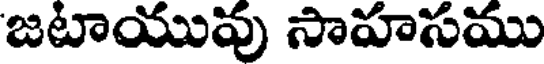
జటాయువు సాహసము